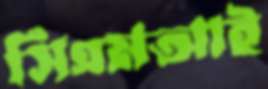
সিএমআই